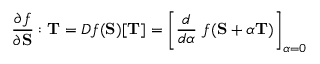
{ \frac { \partial f } { \partial \mathbf { S } } } : \mathbf { T } = D f ( \mathbf { S } ) [ \mathbf { T } ] = \left[ { \frac { d } { d \alpha } } ~ f ( \mathbf { S } + \alpha \mathbf { T } ) \right] _ { \alpha = 0 }